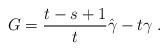
LaTeX: \begin{align*} G = \frac{t-s+1}{t} \hat\gamma - t\gamma\;.\end{align*}